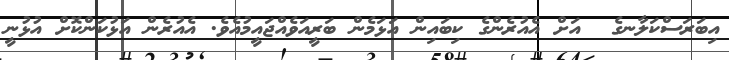
އިބަރަސްކަލާނގެ  އަށް އެއުރެންގެ ކިބައިން އަޅަމެން ބަރީއަވެއްޖައީމުއެވެ. އެއުރެން އަޅުކަންކޮށް އުޅުނީ